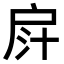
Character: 𢩄